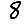
Digit: 8